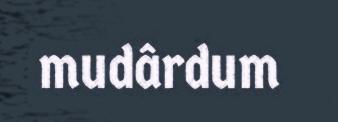
mudârdum